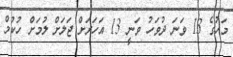
މަހުގެ 13 ވަނަ ދުވަހު ވަނީ 13 އަހަރަށް ޖަލަށް ލުމަށް ހުކުމް